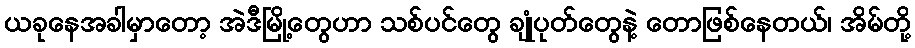
ယခုနေအခါမှာတော့ အဲဒီမြို့တွေဟာ သစ်ပင်တွေ ချုံပုတ်တွေနဲ့ တောဖြစ်နေတယ်၊ အိမ်တို့